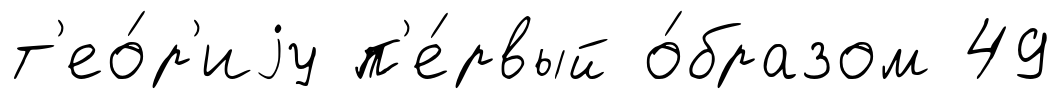
т'ео́р'иjу п'е́рвый о́бразом 49